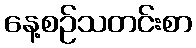
နေ့စဉ်သတင်းစာ